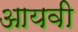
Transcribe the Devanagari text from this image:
आयवी